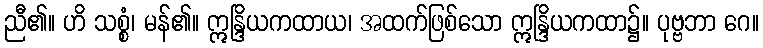
ညီ၏။ ဟိ သစ္စံ၊ မန်၏။ ဣန္ဒြိယကထာယ၊ အထက်ဖြစ်သော ဣန္ဒြိယကထာ၌။ ပုဗ္ဗဘာ ဂေ။